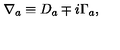
\nabla _ { a } \equiv D _ { a } \mp i \Gamma _ { a } ,